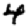
Digit: 4